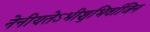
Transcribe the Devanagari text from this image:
नेनीयतेऽभीशुभिर्वाजिन